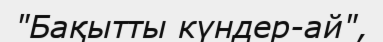
"Бақытты күндер-ай",